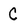
Character: C